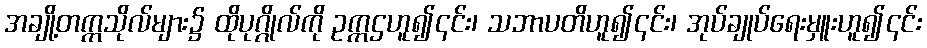
အချို့တက္ကသိုလ်များ၌ ထိုပုဂ္ဂိုလ်ကို ဥက္ကဌဟူ၍၎င်း၊ သဘာပတိဟူ၍၎င်း၊ အုပ်ချုပ်ရေးမှူးဟူ၍၎င်း